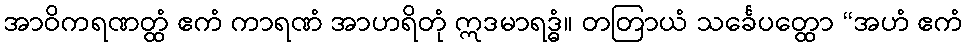
အာဝိကရဏတ္ထံ ဧကံ ကာရဏံ အာဟရိတုံ ဣဒမာရဒ္ဓံ။ တတြာယံ သင်္ခေပတ္ထော “အဟံ ဧကံ